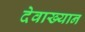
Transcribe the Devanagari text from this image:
देवाख्यान